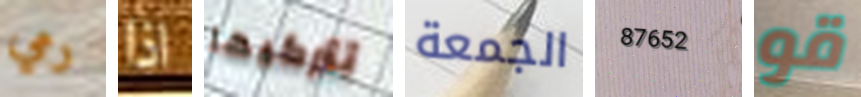
رمي اذا تتركيها الجمعة 87652 قو